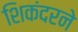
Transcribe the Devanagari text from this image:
शिकंदरने